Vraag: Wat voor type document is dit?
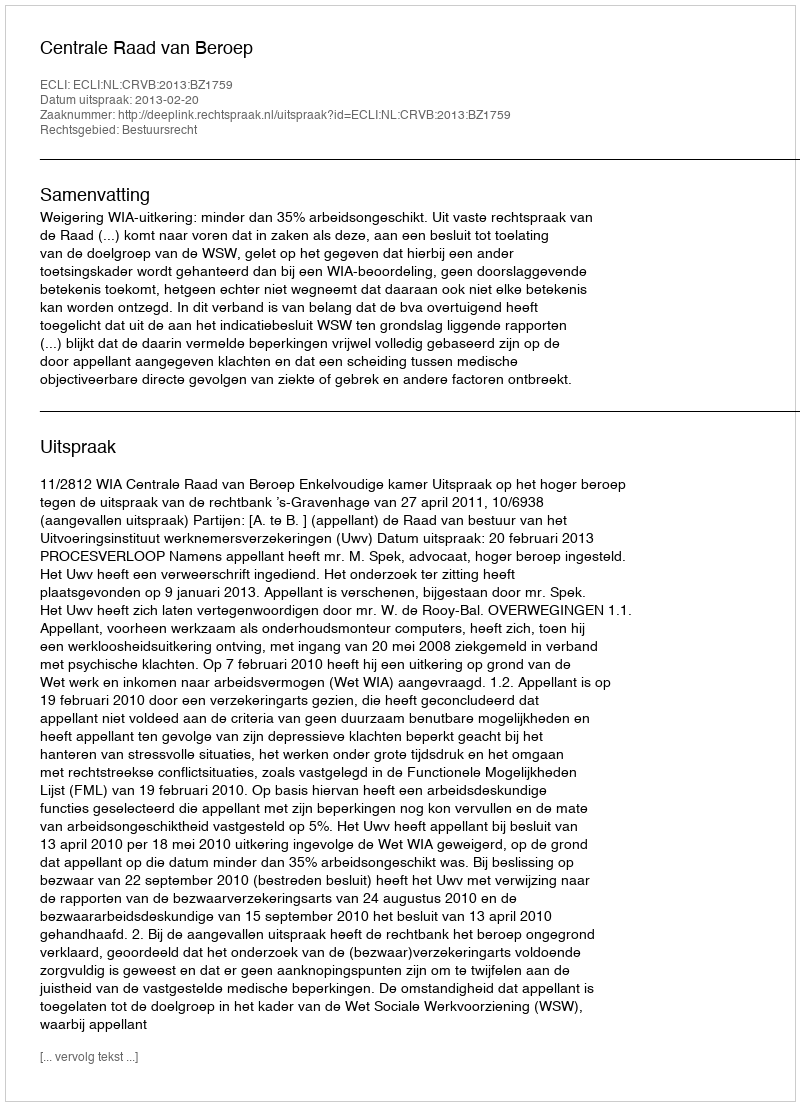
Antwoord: Uitspraak